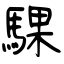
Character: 騍